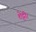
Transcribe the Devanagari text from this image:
शेट्टी।